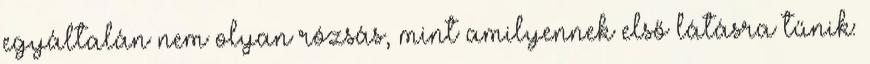
egyáltalán nem olyan rózsás, mint amilyennek első látásra tűnik: